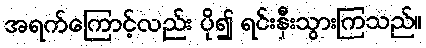
အရက်ကြောင့်လည်း ပို၍ ရင်းနှီးသွားကြသည်။